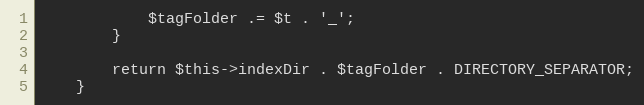
Language: PHP
            $tagFolder .= $t . '_';
        }

        return $this->indexDir . $tagFolder . DIRECTORY_SEPARATOR;
    }